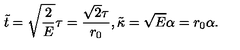
\tilde { t } = \sqrt { \frac { 2 } { E } } \tau = \frac { \sqrt { 2 } \tau } { r _ { 0 } } , \tilde { \kappa } = \sqrt { E } \alpha = r _ { 0 } \alpha .